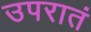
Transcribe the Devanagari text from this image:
उपरातं